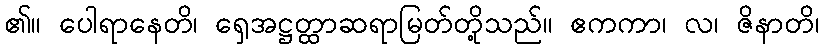
၏။ ပေါရာနေတိ၊ ရှေအဋ္ဌတ္ထာဆရာမြတ်တို့သည်။ ဧကကာ၊ လ၊ ဇိနာတိ၊